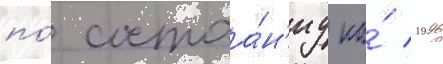
по́ состоа́н'иу на́ 1996